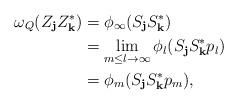
LaTeX: \begin{align*}\omega_Q(Z_\mathbf{j}Z_\mathbf{k}^*)&=\phi_\infty(S_\mathbf{j}S_\mathbf{k}^*)\\&=\lim_{m\leq l\to\infty}\phi_l(S_\mathbf{j}S_\mathbf{k}^*p_l)\\&=\phi_m(S_\mathbf{j}S_\mathbf{k}^*p_m),\end{align*}